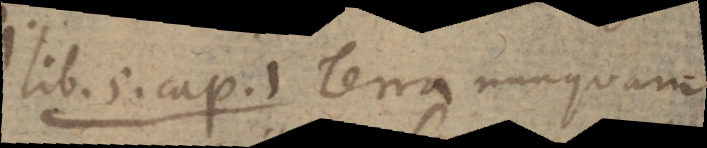
lib. 5. cap. 1 Terra nunquam